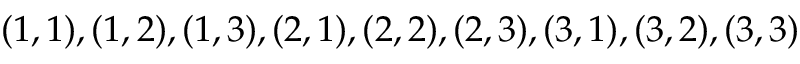
( 1 , 1 ) , ( 1 , 2 ) , ( 1 , 3 ) , ( 2 , 1 ) , ( 2 , 2 ) , ( 2 , 3 ) , ( 3 , 1 ) , ( 3 , 2 ) , ( 3 , 3 )